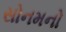
સોનમનો